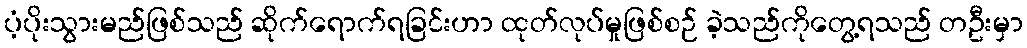
ပံ့ပိုးသွားမည်ဖြစ်သည် ဆိုက်ရောက်ရခြင်းဟာ ထုတ်လုပ်မှုဖြစ်စဉ် ခဲ့သည်ကိုတွေ့ရသည် တဦးမှာ